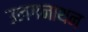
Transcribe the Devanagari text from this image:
उलगनाथन